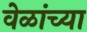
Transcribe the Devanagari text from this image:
वेळांच्या